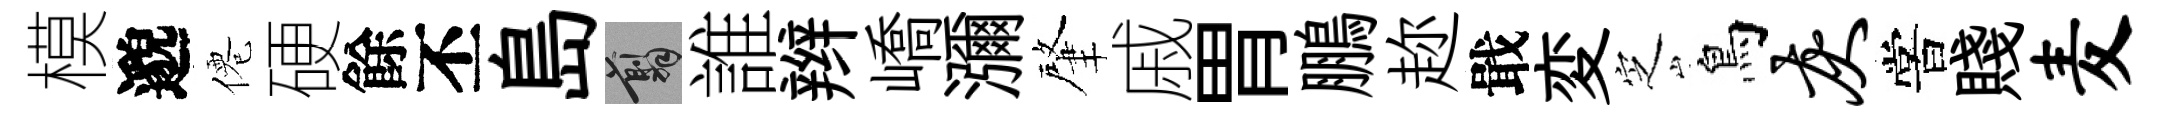
模邈僊硬餘丕島翦誰辫嶠瀰肇戚胃鵬趂戢変㝎鳥灰嘗賤麦